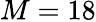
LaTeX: M=18